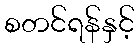
စတင်ရန်နှင့်